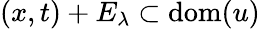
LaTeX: (x,t)+E_{\lambda}\subset\mathrm{dom}(u)